system: You are a helpful assistant.
user:
Analyze the provided spectrum to determine if it is a **White Dwarf (WD)**.

A White Dwarf spectrum is defined by its **extreme purity** (due to gravitational settling) and/or **extreme pressure broadening** (due to high surface gravity). You must check for one of the following mutually exclusive signatures:

- **Key Visual Indicators (Check for ONE of these types):**

    - **1. DA-Type Signature (Most Common):**
        - **(Primary Feature):** Extreme pressure broadening (Stark broadening) of the **Hydrogen (H) Balmer lines**.
        - **(Key Lines):** $H\beta$ (approx. $4861$ Å) and $H\gamma$ (approx. $4340$ Å). $H\alpha$ (approx. $6563$ Å) will also be present if the wavelength range covers it.
        - **(Line Profile):** This is the **defining feature**. The lines are **NOT** sharp. They appear as massive, **extremely broad and deep "troughs" or "dips"** in the spectrum, often hundreds of Ångströms wide. The continuum will appear to "scoop" down at these wavelengths.
        - **(Distinction):** Normal A-type or B-type stars have *narrow* and *sharp* Hydrogen lines. A DA White Dwarf's lines are unmistakably "smeared" or "blurry" from pressure.

    - **2. DB-Type Signature:**
        - **(Primary Feature):** Broad absorption lines from **Neutral Helium (He I)**. The spectrum must lack any visible Hydrogen lines.
        - **(Key Lines):** Look for broad absorption near $4471$ Å, $4921$ Å, and $5876$ Å.
        - **(Line Profile):** These lines are also significantly pressure-broadened, appearing much wider than they would in a normal B-type main-sequence star.

    - **3. DC-Type Signature:**
        - **(Primary Feature):** A **featureless continuous spectrum**.
        - **(Line Profile):** The spectrum is a smooth curve with **no significant absorption or emission lines**.
        - **(Key Confirmation):** The continuum is almost always **blue or white**, indicating a hot object. This signature implies the atmosphere is so pure (or so cool) that no spectral lines are visible in the optical range. Its WD identity is confirmed by its extremely low intrinsic brightness (high absolute magnitude).

    - **4. DZ-Type Signature (Metal-Polluted):**
        - **(Primary Feature):** **Isolated, narrow metal absorption lines** on an otherwise featureless (DC-like) continuum.
        - **(Key Lines):** The **Calcium (Ca II) H & K doublet** (approx. **$3934$ Å** and **$3968$ Å**) is the most common and defining feature.
        - **(Line Profile):** These lines are "out of place." They are *not* part of a "forest" of thousands of lines. This signature is evidence of recent *accretion* (pollution) from rocky debris.
        - **(Distinction):** Normal G/K/M stars have a *dense forest* of thousands of metal lines. A DZ has a *clean* continuum with *only a few* strong metal lines.

    - **5. DQ-Type Signature (Carbon-Polluted):**
        - **(Primary Feature):** Absorption bands from **Carbon (C₂ "Swan Bands" or atomic C I)**.
        - **(Key Lines - C₂):** Look for bandheads with a "saw-tooth" shape near $5635$ Å, **$5165$ Å** (strongest), and $4737$ Å.
        - **(Key Confirmation):** The underlying **continuum must be blue or white** (hot).
        - **(Distinction):** This is the critical difference from a **Carbon Star**, which has the *exact same* C₂ bands but on an extremely **red, cool** continuum.

- **(Overall Spectrum):**
    - The continuum (overall shape) is typically **blue-sloping** (brighter in the blue than the red), as most white dwarfs are very hot.
    - The spectrum will look "pure" or "simple," dominated by only *one* of the five signatures listed above.

Think first, call **spectral_visualization_tool** if needed to examine features in detail, then provide your final answer. Your response must adhere to the following strict rules:
1.  **Overall Structure:** Your response must follow the format `<think>...</think> <tool_call>...</tool_call> (if a tool is used) <answer>...</answer>`.
2.  **Tool Usage Constraint:** You may only make **one** tool call per turn.
3.  **Final Answer Format:** In the `<answer>` tag, your conclusion must be inside a `\boxed{}` command (e.g., `\boxed{YES}` or `\boxed{NO}`), followed by your justification.

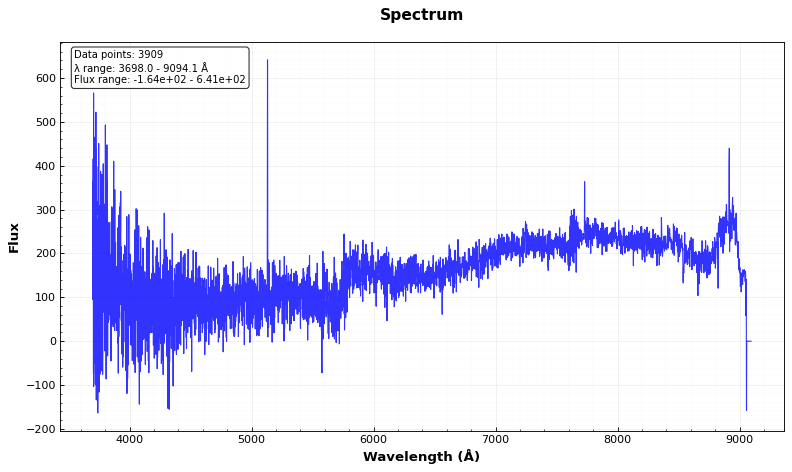
Answer: NO